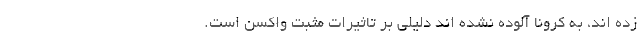
زده اند، به کرونا آلوده نشده اند دلیلی بر تاثیرات مثبت واکسن است.